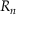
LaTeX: { \boldsymbol { R } } _ { n }